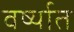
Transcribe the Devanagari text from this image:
वर्ष्यात